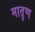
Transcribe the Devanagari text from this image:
मातॄण